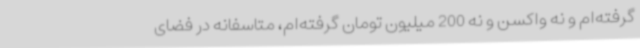
گرفته‌ام و نه واکسن و نه 200 میلیون تومان گرفته‌ام، متاسفانه در فضای